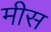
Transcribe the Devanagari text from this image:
मीस